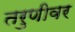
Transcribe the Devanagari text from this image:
तरुणीवर